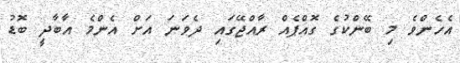
އެހެންވެ މި ބޭންކުގެ ގޮއްޕެއް ރާއްޖޭގައި ދެވަނަ އަށް އެންމެ އާބާދީ ބޮޑު